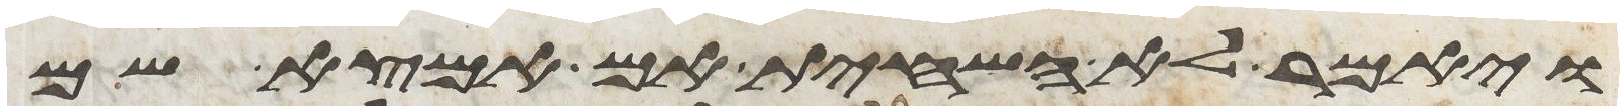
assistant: ויאמר לא אשחית אם אמצא שם